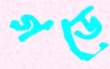
গডে